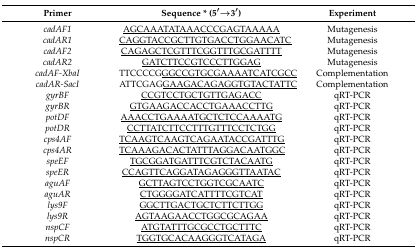
<table><thead><tr><td><b>Primer</b></td><td><b>Sequence * (5′→3′)</b></td><td><b>Experiment</b></td></tr></thead><tbody><tr><td><i>cadAF1</i></td><td><underline>AGCAAATATAAACCCGAGTAAAAA</underline></td><td>Mutagenesis</td></tr><tr><td><i>cadAR1</i></td><td><underline>CAGGTACCGCTTGTGACCTGGAACATC</underline></td><td>Mutagenesis</td></tr><tr><td><i>cadAF2</i></td><td><underline>CAGAGCTCGTTTCGGTTTGCGATTTT</underline></td><td>Mutagenesis</td></tr><tr><td><i>cadAR2</i></td><td><underline>GATCTTCCGTCCCTTGGAG</underline></td><td>Mutagenesis</td></tr><tr><td><i>cadAF-XbaI</i></td><td>TTCCCCG<underline>GGCCGTGCGAAAATCATCGCC</underline></td><td>Complementation</td></tr><tr><td><i>cadAR-SacI</i></td><td>ATTCGAG<underline>GAAGACAGAGGTGTACTATTC</underline></td><td>Complementation</td></tr><tr><td><i>gyrBF</i></td><td><underline>CCGTCCTGCTGTTGAGACC</underline></td><td>qRT-PCR</td></tr><tr><td><i>gyrBR</i></td><td><underline>GTGAAGACCACCTGAAACCTTG</underline></td><td>qRT-PCR</td></tr><tr><td><i>potDF</i></td><td><underline>AAACCTGAAAATGCTCTCCAAAATG</underline></td><td>qRT-PCR</td></tr><tr><td><i>potDR</i></td><td><underline>CCTTATCTTCCTTTGTTTCCTCTGG</underline></td><td>qRT-PCR</td></tr><tr><td><i>cps4AF</i></td><td><underline>TCAAGTCAAGTCAGAATACCGATTTG</underline></td><td>qRT-PCR</td></tr><tr><td><i>cps4AR</i></td><td><underline>TCAAAGACACTATTTAGGACAATGGC</underline></td><td>qRT-PCR</td></tr><tr><td><i>speEF</i></td><td><underline>TGCGGATGATTTCGTCTACAATG</underline></td><td>qRT-PCR</td></tr><tr><td><i>speER</i></td><td><underline>CCAGTTCAGGATAGAGGGTTAATAC</underline></td><td>qRT-PCR</td></tr><tr><td><i>aguAF</i></td><td><underline>GCTTAGTCCTGGTCGCAATC</underline></td><td>qRT-PCR</td></tr><tr><td><i>aguAR</i></td><td><underline>CTGGGGATCATTTTCGTCAT</underline></td><td>qRT-PCR</td></tr><tr><td><i>lys9F</i></td><td><underline>GGCTTGACTGCTCTTCTTGG</underline></td><td>qRT-PCR</td></tr><tr><td><i>lys9R</i></td><td><underline>AGTAAGAACCTGGCGCAGAA</underline></td><td>qRT-PCR</td></tr><tr><td><i>nspCF</i></td><td><underline>ATGTATTTGCGCCTGCTTTC</underline></td><td>qRT-PCR</td></tr><tr><td><i>nspCR</i></td><td><underline>TGGTGCACAAGGGTCATAGA</underline></td><td>qRT-PCR</td></tr></tbody></table>